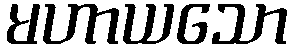
မဟာယသော